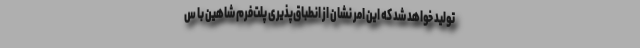
توليد خواهد شد كه اين امر نشان از انطباق‌پذیری پلت‌فرم شاهين با س